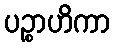
ပဉ္စာဟိကာ